Civil Veterinary Department. Madras. Admin. report 1926-33 - 1926-1933
Year: 1926
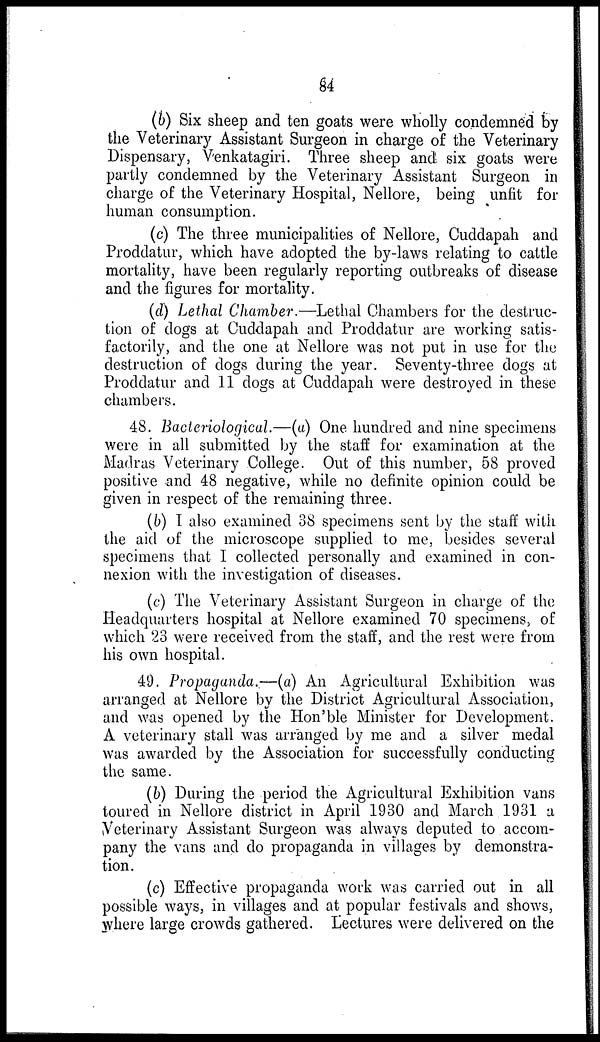
84
(b) Six sheep and ten goats were wholly condemned by
the Veterinary Assistant Surgeon in charge of the Veterinary
Dispensary, Venkatagiri. Three sheep and six goats were
partly condemned by the Veterinary Assistant Surgeon in
charge of the Veterinary Hospital, Nellore, being unfit for
human consumption.
(c) The three municipalities of Nellore, Cuddapah and
Proddatur, which have adopted the by-laws relating to cattle
mortality, have been regularly reporting outbreaks of disease
and the figures for mortality.
(d) Lethal Chamber.—Lethal Chambers for the destruc-
tion of dogs at Cuddapah and Proddatur are working satis-
factorily, and the one at Nellore was not put in use for the
destruction of dogs during the year. Seventy-three dogs at
Proddatur and 11 dogs at Cuddapah were destroyed in these
chambers.
48. Bacteriological.—(a) One hundred and nine specimens
were in all submitted by the staff for examination at the
Madras Veterinary College. Out of this number, 58 proved
positive and 48 negative, while no definite opinion could be
given in respect of the remaining three.
(b) I also examined 38 specimens sent by the staff with
the aid of the microscope supplied to me, besides several
specimens that I collected personally and examined in con-
nexion with the investigation of diseases.
(c) The Veterinary Assistant Surgeon in charge of the
Headquarters hospital at Nellore examined 70 specimens, of
which 23 were received from the staff, and the rest were from
his own hospital.
49. Propaganda.—(a) An Agricultural Exhibition was
arranged at Nellore by the District Agricultural Association,
and was opened by the Hon'ble Minister for Development.
A veterinary stall was arranged by me and a silver medal
was awarded by the Association for successfully conducting
the same.
(b) During the period the Agricultural Exhibition vans
toured in Nellore district in April 1930 and March 1931 a
Veterinary Assistant Surgeon was always deputed to accom-
pany the vans and do propaganda in villages by demonstra-
tion.
(c) Effective propaganda work was carried out in all
possible ways, in villages and at popular festivals and shows,
where large crowds gathered. Lectures were delivered on the